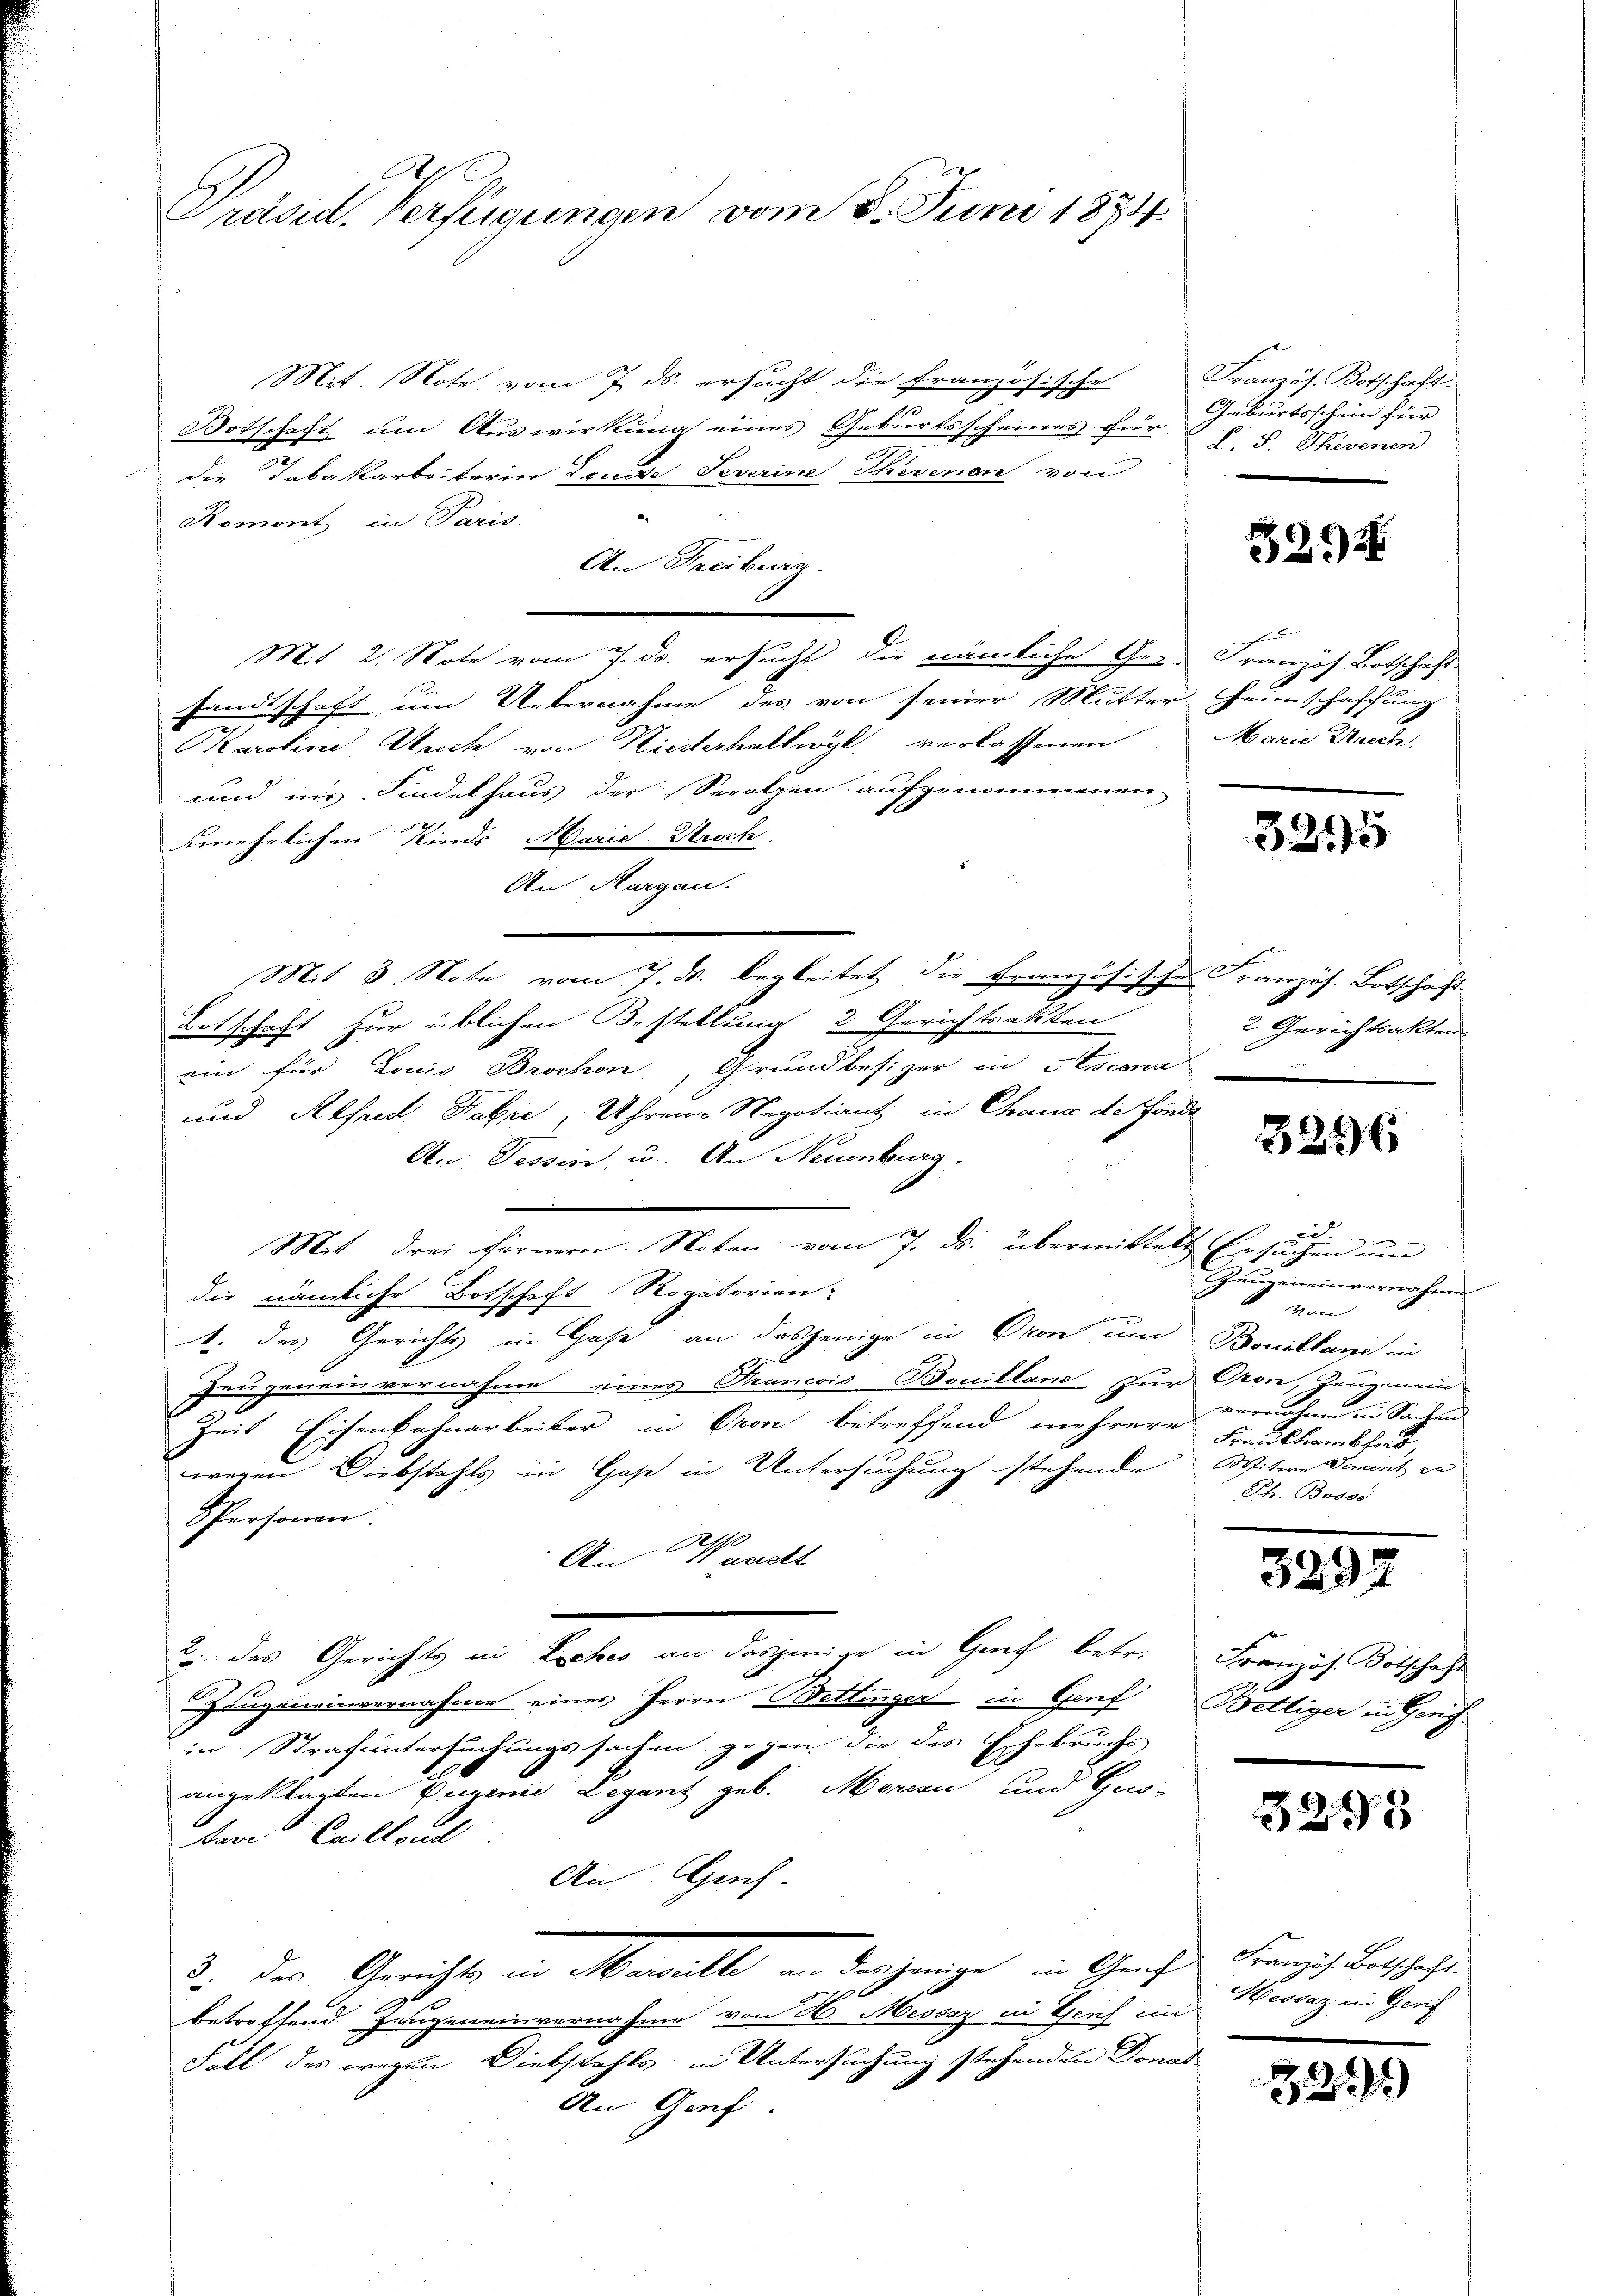
Präsid. Verfügungen vom 8. Juni 1874.

Mit. Note vom 7. ds. ersucht die Französische
Botschaft um Auswirkung eines Geburtsscheines für
die Tabakarbeiterin Louise Severine Thevenen von
Romont in Paris
An Freiburg.
Mit 2. Note vom 7. ds. ersucht die nämliche Ge- Französ. Botschaft
sandtschaft um Uebernahme des von seiner Mutter Heimschaffung
Karoline Auch von Kiesterhallwyl verlassenen
und ins Findelhaus der Serolzen aufgenommenen
eenehrlichen Kindes Marie Ursch.
An Margau.
Mit 8. Note vom 7. ds. begleitet die Französisches Französ. Botschaft
Botschaft für üblichen Bestellung 2 Gerichtsakten
ein für Louis Brochen, Grundbesizer in Ascena
und Alfred Fabri, Uhren-Regotiant in Chraus de fonds
An. Tessin, u. An Neuenburg,
Mit drei fernern Noten vom 7. ds. übermittelt Ersuchen und
die nämliche Botschaft Rogatorien:
1. des Gerichts in Hase, an dasjenige in Oron und Boniltane in
Zeugen ein vernahme eines Tancois Bouilland zur Oron, Zeugemein
Zeit Eisenbahnarbeiter in Pron betreffend mehrere Hauslambfad
wegen Diebstahls in Gast in Untersuchung stehende Witwe dimint in
Personen.
S
An 11 austt
2. des Gerichts in Esches an dasjenige in Graf betr. Französ. Botschaft
Zungenenvernahme eines Herrn Bettinger in Genf Bettiger in Genf
in Strafuntersuchungssachen gegen die des Ehebruchs
angeklagten Eugen Legant geb. Morcan und Gno-
tere Caillond
An Guh
d. Der Gerichts in Marielle an derjenige in Graf Franzi Botschafts
d
betreffend Zeugeneinvernahme von M. Mescaz in Genf un
Fall des wegen Diebstahls in Untersuchung stehenden Donat
An Genf.

Französ. Botschaft.
Geburtsschein für
 P. P. Therenen

3294

Marie Zusch.

3255

2 Gerichtsakten
e

3296

.
Zeugen einvernahmen
Von
vernahme in Sachen
Th. Bossd

3292

3295

Hessaz in Genf.

3899